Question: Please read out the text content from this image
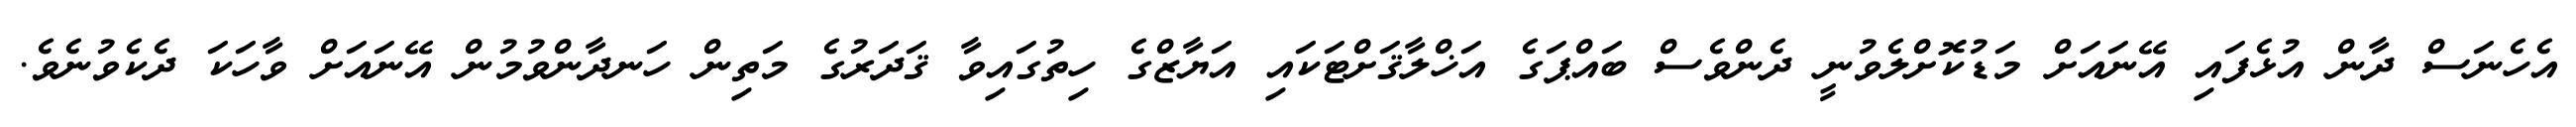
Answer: އެހެނަސް ދާން އުޅެފައި އޭނައަށް މަޑުކޮށްލެވުނީ ދެންވެސް ބައްޕަގެ އަޚްލާޤަށްޓަކައި އަޔާޒްގެ ހިތުގައިވާ ޤަދަރުގެ މަތިން ހަނދާންވުމުން އޭނައަށް ވާހަކަ ދެކެވުނެވެ.